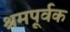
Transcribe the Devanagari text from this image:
श्रमपूर्वक